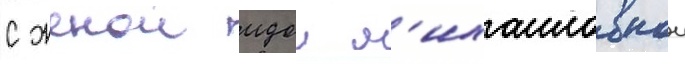
с женои идои м'ихаиловнои